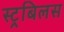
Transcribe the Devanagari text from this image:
स्ट्रबिलस